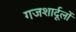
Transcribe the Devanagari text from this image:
गजशार्दूलों